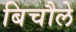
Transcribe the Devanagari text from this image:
बिचौले